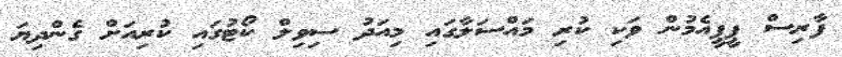
ފާރިސް ޕީޕީއެމުން ވަކި ކުރި މައްސަލާގައި މިއަދު ސިވިލް ކޯޓުގައި ކުރިއަށް ގެންދިޔަ